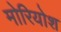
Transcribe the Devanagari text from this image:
मोरियोश